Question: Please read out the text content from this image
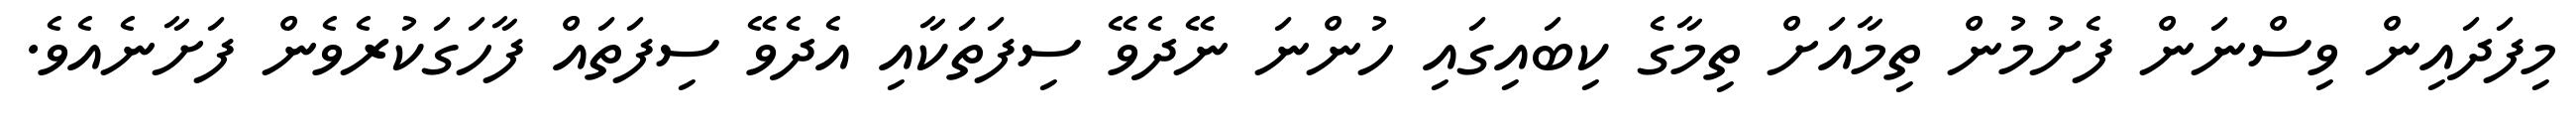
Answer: މިފަދައިން ވިސްނަން ފެށުމުން ތިމާއަށް ތިމާގެ ކިބައިގައި ހުންނަ ނޭދެވޭ ސިފަތަކާއި އެދެވޭ ސިފަތައް ފާހަގަކުރެވެން ފަށާނެއެވެ.